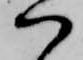
ハ